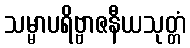
သမ္မာပရိဗ္ဗာဇနီယသုတ္တံ